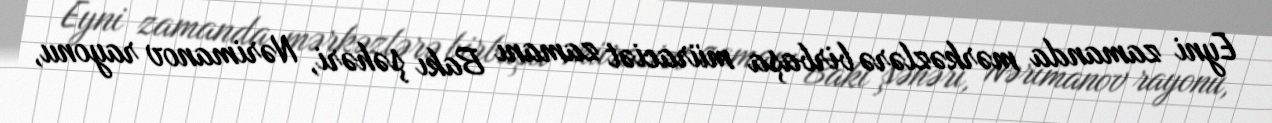
Eyni zamanda mərkəzlərə birbaşa müraciət zamanı Bakı şəhəri, Nərimanov rayonu,